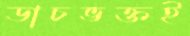
ডাচভক্তই